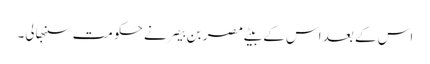
اس کے بعد اس کے بیٹے مصر بن بیصر نے حکومت سنبھالی۔